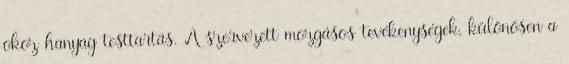
okoz hanyag testtartás. A szervezett mozgásos tevékenységek, különösen a